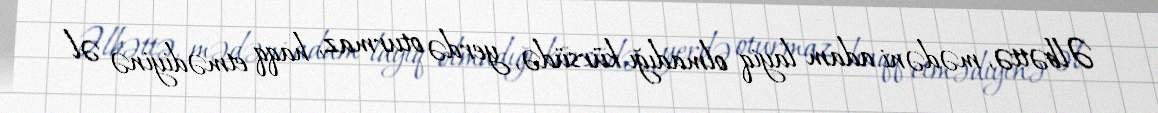
Əlbəttə, mədəni adam layiq olmadığı kürsüdə, yerdə oturmaz, haqq etmədiyinə əl